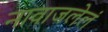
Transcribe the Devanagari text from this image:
नावाजलेलं